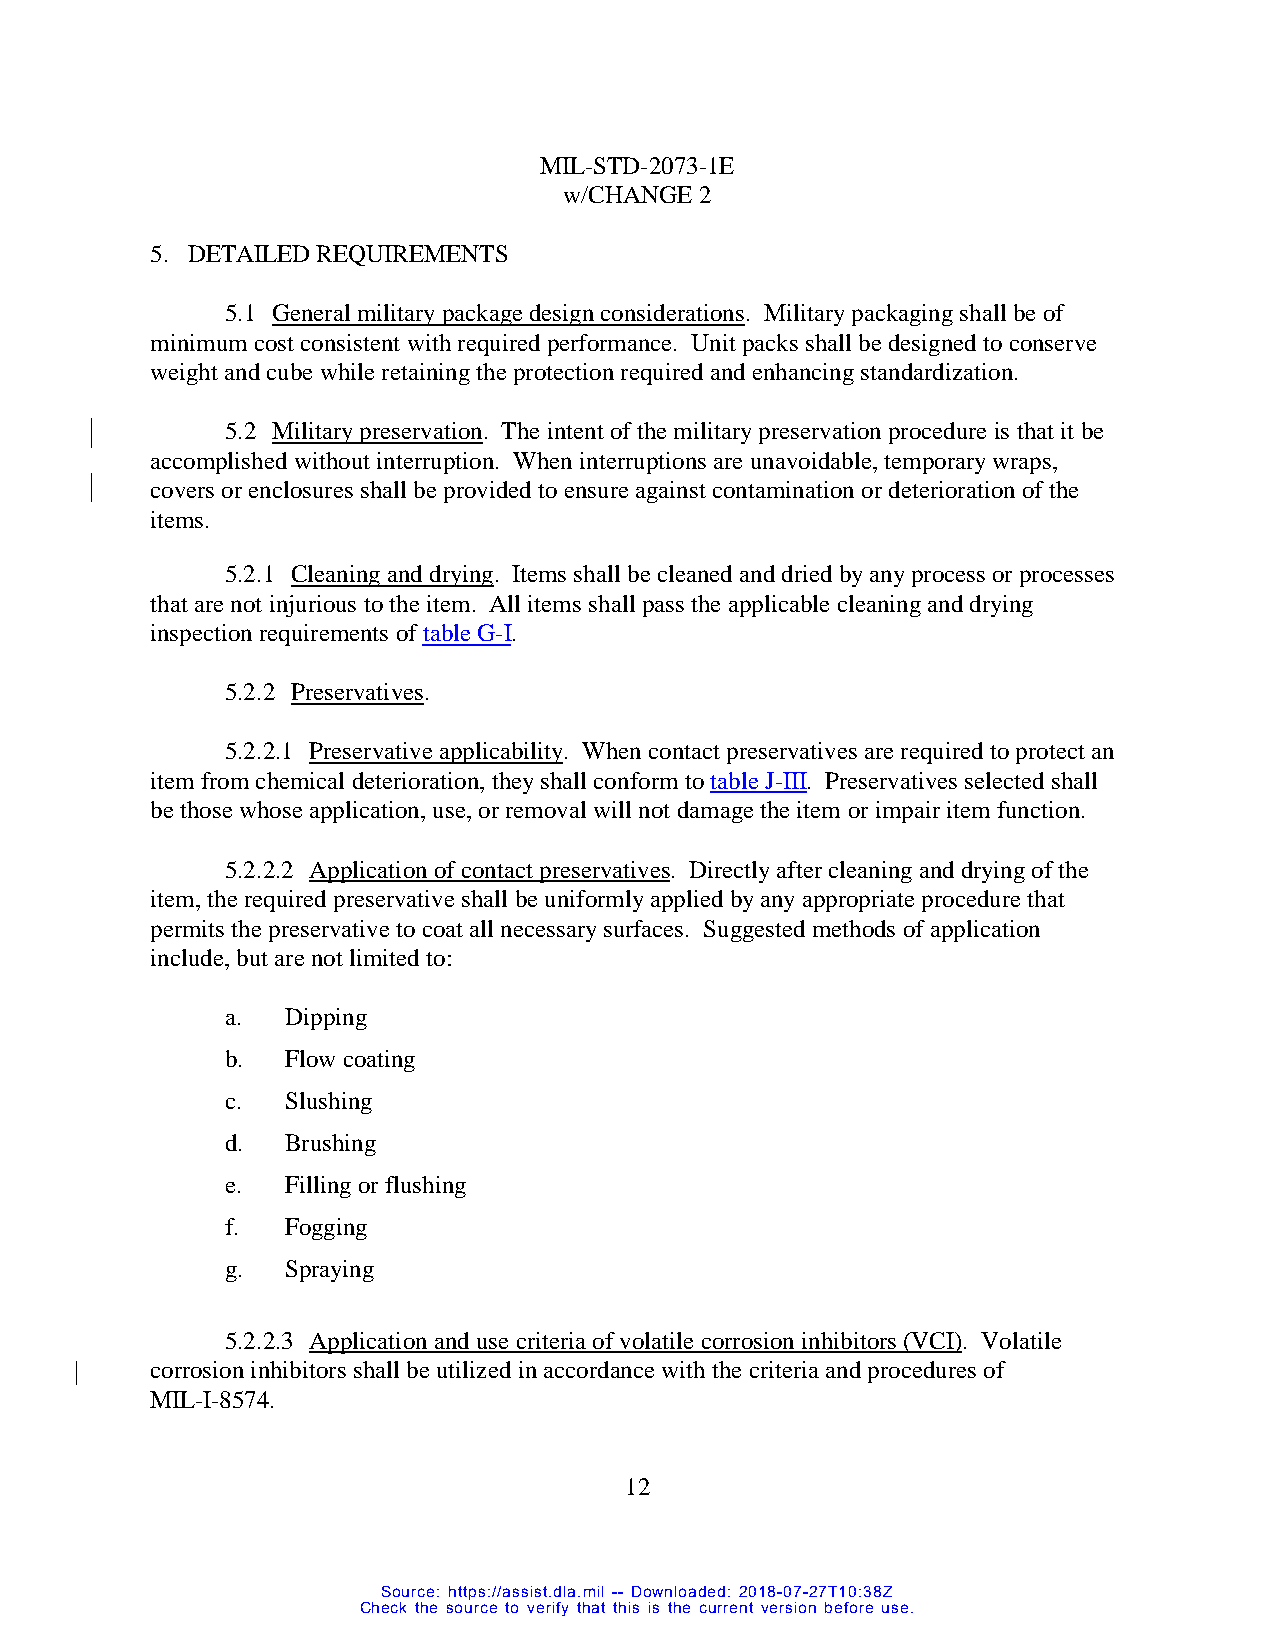
MIL-STD-2073-1E
 w/CHANGE 2
 5. DETAILED REQUIREMENTS
 5.1 General military package design considerations. Military packaging shall be of
 minimum cost consistent with required performance. Unit packs shall be designed to conserve
 weight and cube while retaining the protection required and enhancing standardization.
 5.2 Military preservation. The intent of the military preservation procedure is that it be
 accomplished without interruption. When interruptions are unavoidable, temporary wraps,
 covers or enclosures shall be provided to ensure against contamination or deterioration of the
 items.
 5.2.1 Cleaning and drying. Items shall be cleaned and dried by any process or processes
 that are not injurious to the item. All items shall pass the applicable cleaning and drying
 inspection requirements of table G-I.
 5.2.2 Preservatives.
 5.2.2.1 Preservative applicability. When contact preservatives are required to protect an
 item from chemical deterioration, they shall conform to table J-III. Preservatives selected shall
 be those whose application, use, or removal will not damage the item or impair item function.
 5.2.2.2 Application of contact preservatives. Directly after cleaning and drying of the
 item, the required preservative shall be uniformly applied by any appropriate procedure that
 permits the preservative to coat all necessary surfaces. Suggested methods of application
 include, but are not limited to:
 a.  Dipping
 b.  Flow coating
 c.  Slushing
 d.  Brushing
 e.  Filling or flushing
 f.  Fogging
 g.  Spraying
 5.2.2.3 Application and use criteria of volatile corrosion inhibitors (VCI). Volatile
 corrosion inhibitors shall be utilized in accordance with the criteria and procedures of
 MIL-I-8574.
 12
 Source: https://assist.dla.mil -- Downloaded: 2018-07-27T10:38Z
 Check the source to verify that this is the current version before use.